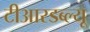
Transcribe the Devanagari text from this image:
टीआरडब्ल्यू